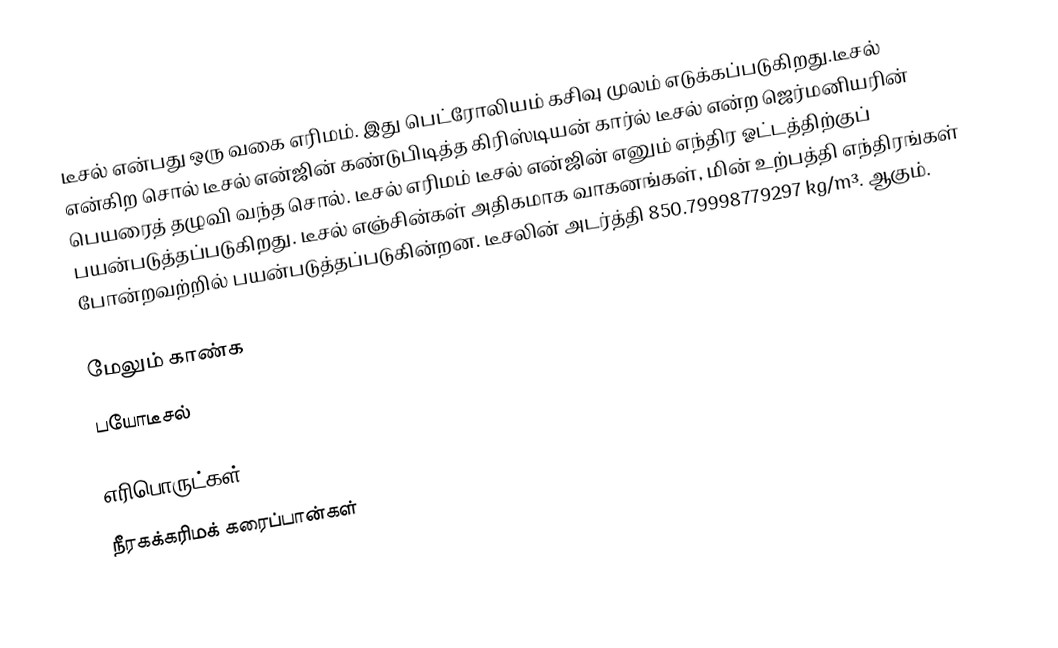
டீசல் என்பது ஒரு வகை எரிமம். இது பெட்ரோலியம் கசிவு முலம் எடுக்கப்படுகிறது.டீசல் என்கிற சொல் டீசல் என்ஜின் கண்டுபிடித்த கிரிஸ்டியன் கார்ல் டீசல் என்ற ஜெர்மனியரின் பெயரைத் தழுவி வந்த சொல். டீசல் எரிமம் டீசல் என்ஜின் எனும் எந்திர ஓட்டத்திற்குப்  பயன்படுத்தப்படுகிறது. டீசல் எஞ்சின்கள் அதிகமாக வாகனங்கள், மின் உற்பத்தி எந்திரங்கள் போன்றவற்றில் பயன்படுத்தப்படுகின்றன. டீசலின் அடர்த்தி 850.79998779297 kg/m³. ஆகும்.

மேலும் காண்க
 பயோடீசல்

எரிபொருட்கள்
நீரகக்கரிமக் கரைப்பான்கள்